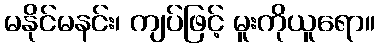
မနိုင်မနင်း၊ ကျပ်ဖြင့် မူးကိုယူရော။